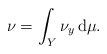
\begin{align*}\nu = \int_Y \nu_y \, \mathrm{d}\mu.\end{align*}